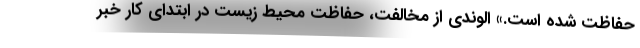
حفاظت شده است.» الوندی از مخالفت، حفاظت محیط زیست در ابتدای کار خبر